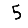
Digit: 5